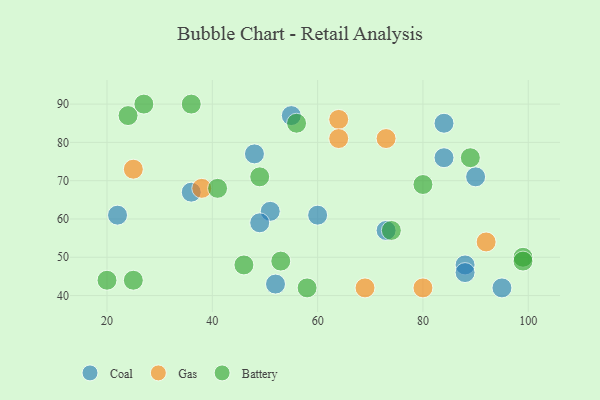
{"axis": {"x": "GDP", "y": "Life Expectancy"}, "legend": ["Battery", "Coal", "Gas"], "data": [{"x": "88", "y": 48, "type": "Coal"}, {"x": "84", "y": 76, "type": "Coal"}, {"x": "36", "y": 67, "type": "Coal"}, {"x": "52", "y": 43, "type": "Coal"}, {"x": "90", "y": 71, "type": "Coal"}, {"x": "48", "y": 77, "type": "Coal"}, {"x": "84", "y": 85, "type": "Coal"}, {"x": "60", "y": 61, "type": "Coal"}, {"x": "88", "y": 46, "type": "Coal"}, {"x": "73", "y": 57, "type": "Coal"}, {"x": "95", "y": 42, "type": "Coal"}, {"x": "22", "y": 61, "type": "Coal"}, {"x": "51", "y": 62, "type": "Coal"}, {"x": "49", "y": 59, "type": "Coal"}, {"x": "55", "y": 87, "type": "Coal"}, {"x": "69", "y": 42, "type": "Gas"}, {"x": "38", "y": 68, "type": "Gas"}, {"x": "64", "y": 86, "type": "Gas"}, {"x": "92", "y": 54, "type": "Gas"}, {"x": "73", "y": 81, "type": "Gas"}, {"x": "25", "y": 73, "type": "Gas"}, {"x": "64", "y": 81, "type": "Gas"}, {"x": "80", "y": 42, "type": "Gas"}, {"x": "53", "y": 49, "type": "Battery"}, {"x": "56", "y": 85, "type": "Battery"}, {"x": "25", "y": 44, "type": "Battery"}, {"x": "58", "y": 42, "type": "Battery"}, {"x": "41", "y": 68, "type": "Battery"}, {"x": "99", "y": 50, "type": "Battery"}, {"x": "74", "y": 57, "type": "Battery"}, {"x": "89", "y": 76, "type": "Battery"}, {"x": "46", "y": 48, "type": "Battery"}, {"x": "36", "y": 90, "type": "Battery"}, {"x": "24", "y": 87, "type": "Battery"}, {"x": "99", "y": 49, "type": "Battery"}, {"x": "49", "y": 71, "type": "Battery"}, {"x": "20", "y": 44, "type": "Battery"}, {"x": "27", "y": 90, "type": "Battery"}, {"x": "80", "y": 69, "type": "Battery"}]}